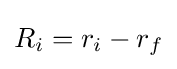
R_{i}=r_{i}-r_{f}